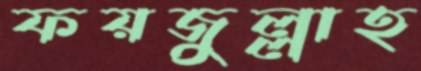
ফয়জুল্লাহ